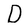
Character: D